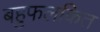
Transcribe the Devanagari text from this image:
बहुफलकित